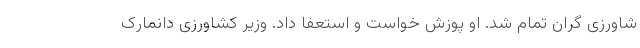
شاورزی گران تمام شد. او پوزش خواست و استعفا داد. وزیر کشاورزی دانمارک